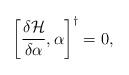
LaTeX: \begin{align*}\left [ \frac{\delta \mathcal{H}}{\delta \alpha} , \alpha \right ]^\dagger = 0,\end{align*}